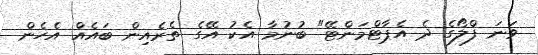
ވަނަ ފްލޯގެ ދެ އެޕާޓްމަންޓޭ" ބުނުމާ އެކު އޭގެ ތެރެއިން ބައެއް އެހެން